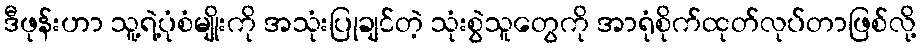
ဒီဖုန်းဟာ သူ့ရဲ့ပုံစံမျိုးကို အသုံးပြုချင်တဲ့ သုံးစွဲသူတွေကို အာရုံစိုက်ထုတ်လုပ်တာဖြစ်လို့